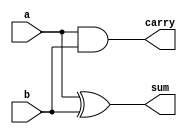
`timescale 1ns / 1ps
//////////////////////////////////////////////////////////////////////////////////
// Company: 
// Engineer: 
// 
// Design Name: 
// Module Name: vedic
// Project Name: 
// Target Devices: 
// Tool Versions: 
// Description: 
// 
// Dependencies: 
// 
// Revision:
// Revision 0.01 - File Created
// Additional Comments:
// 
//////////////////////////////////////////////////////////////////////////////////

module ha(
  input wire a,b,
  output wire sum,carry
);
assign sum=a^b;
assign carry =a&b;
endmodule

module vedic_2x2(
     input wire [1:0] a,b,
     output wire [3:0] c//ket qua
    );
    wire [3:0] temp;
    //stage 1 :four multiplication opera of bit accourding to vedic logic done using and gates
    assign c[0] =a&b;
    assign temp[0]=a[1]&b[0];
    assign temp[1]=a[0]&b[1];
    assign temp[2]=a[1]&b[1];
    //stage 2 using two half adders
    ha z1(temp[0],temp[1],c[1],temp[3]);
    ha z2(temp[2],temp[3],c[2],c[3]);   
endmodule

module vedic_4x4(
  input wire [3:0] a,b,
  output wire [7:0] c
  );
  wire [3:0] q0,q1,q2,q3;
  wire [3:0] temp1;
  wire [5:0] temp2,temp3,temp4;
  wire [3:0] q4;
  wire [5:0] q5,q6;
  //using 4 2x2 vedic2x2
  vedic_2x2 z1(a[1:0],b[1:0],q0[3:0]);
  vedic_2x2 z2(a[3:2],b[1:0],q1[3:0]);
  vedic_2x2 z3(a[1:0],b[3:2],q2[3:0]);
  vedic_2x2 z4(a[3:2],b[3:2],q3[3:0]);
  //stage 1 adders
  assign temp1 ={2'b0,q0[3:2]};
  assign q4 =temp1+q1[3:0];
  assign temp2={2'b0,q2[3:0]};
  assign temp3 ={q3[3:0],2'b0};
  assign q5 =temp2+temp3;
  //stage 2 adders
  assign temp4 ={2'b0,q4[3:0]};
  assign q6 =temp4+q5;
  //output
  assign c[1:0]=q0[1:0];
  assign c[7:2]=q6[5:0];
  endmodule
  
  module vedic_8x8(
    input [7:0] a,b,
    output [15:0] c
    );
    wire [7:0] q0,q1,q2,q3;
    wire [7:0] temp1;
    wire [11:0] temp2,temp3,temp4;
    wire [7:0] q4;
    wire [11:0] q5,q6;
    //using 4 vedic_4x4
    vedic_4x4 z1(a[3:0],b[3:0],q0[7:0]);
    vedic_4x4 z2(a[7:4],b[3:0],q1[7:0]);
    vedic_4x4 z3(a[3:0],b[7:4],q2[7:0]);
    vedic_4x4 z4(a[7:4],b[7:4],q3[7:0]);
    //stage 1 adders
    assign temp1 ={3'b0,q0[7:4]};
    assign q4 =temp1 +q1[7:0];
    assign temp2 ={4'b0,q2[7:0]};
    assign temp3 ={q3[7:0],4'b0};
    assign q5 = temp2+temp3;
    //stage 2 adders
    assign temp4 ={4'b0,q4[7:0]};
    assign q6 =temp4 +q5;
    //output 
    assign c[3:0] =q0[3:0];
    assign c[15:4]=q6[11:0];
endmodule

module vedic_16x16(
       input wire [15:0] a,b,
       output wire [31:0] c
);
    wire [15:0] q0,q1,q2,q3;
    wire [15:0] temp1;
    wire [23:0] temp2,temp3,temp4;
    wire [15:0] q4;
    wire [23:0] q5,q6;
    //using 4 vedic_8x8
    vedic_8x8 z1(a[7:0],b[7:0],q0[15:0]);
    vedic_8x8 z2(a[15:8],b[7:0],q1[15:0]);
    vedic_8x8 z3(a[7:0],b[15:8],q2[15:0]);
    vedic_8x8 z4(a[15:8],b[15:8],q3[15:0]);
    //stage 1 adders
    assign temp1 ={8'b0,q0[15:8]};
    assign q4 =temp1+q1[15:0];
    assign temp2 ={8'b0,q2[15:0]};
    assign temp3 ={q3[15:0],8'b0};
    assign q5 =temp2+temp3;
    //stage 2 adders
    assign temp4 ={8'b0,q4[15:0]};
    assign q6 = temp4+q5;
    //output 
    assign c[7:0]= q0[7:0];
    assign c[31:8]=q6[23:0];
endmodule

module vedic_32x32(
     input wire [31:0] a,b,
     output wire [63:0] c
  );
  wire [31:0] q0,q1,q2,q3;
  wire [31:0] temp1;
  wire [47:0] temp2,temp3,temp4;
  wire [31:0] q4;
  wire [47:0] q5,q6;
  //using 4 vedic_16x16
  vedic_16x16 z1(a[15:0],b[15:0],q0[31:0]);
  vedic_16x16 z2(a[31:16],b[15:0],q1[31:0]);
  vedic_16x16 z3(a[15:0],b[31:16],q2[31:0]);
  vedic_16x16 z4(a[31:16],b[31:16],q3[31:0]);
  //stage 1 adders
  assign temp1 ={16'b0,q0[31:16]};
  assign q4 =temp1 +q1[31:0];
  assign temp2 ={16'b0,q2[31:0]};
  assign temp3 ={q3[31:0],16'b0};
  assign q5 =temp2+temp3;
  //stage 2 adders
  assign temp4 ={16'b0,q4[31:0]};
  assign q6 =temp4+q5;
  //output
  assign c[15:0]=q0[15:0];
  assign c[63:16]=q6[47:0];
  endmodule